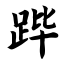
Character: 跸